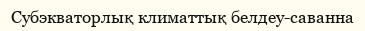
Субэкваторлық климаттық белдеу-саванна